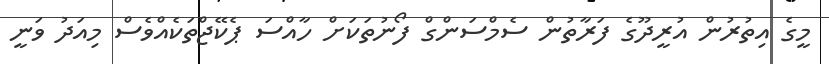
މީގެ އިތުރުން އުރީދޫގެ ފަރާތުން ސެމްސަންގް ފޯނުތަކަށް ހާއްސަ ޕެކޭޖްތަކެއްވެސް މިއަދު ވަނީ